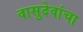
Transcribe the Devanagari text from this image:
वासुदेवांचा